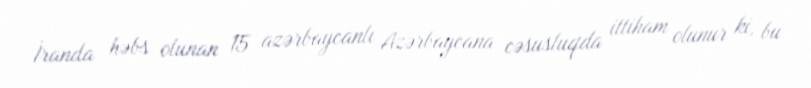
İranda həbs olunan 15 azərbaycanlı Azərbaycana cəsusluqda ittiham olunur ki, bu